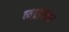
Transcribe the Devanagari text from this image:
व्यघ्रापथर